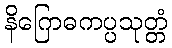
နိဂြောဓကပ္ပသုတ္တံ